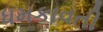
ધમકાવતી